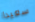
سعيدا